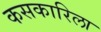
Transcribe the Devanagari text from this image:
कसकारिला